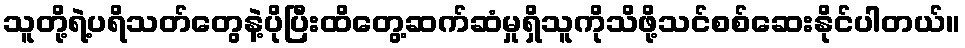
သူတို့ရဲ့ပရိသတ်တွေနဲ့ပိုပြီးထိတွေ့ဆက်ဆံမှုရှိသူကိုသိဖို့သင်စစ်ဆေးနိုင်ပါတယ်။